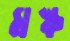
মস্ক